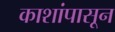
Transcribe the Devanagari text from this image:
काशांपासून